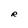
Character: R